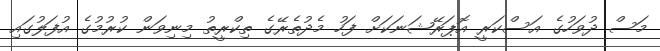
މަސް ދުވަހުގެ އަސްކަރީ އޮޕަރޭޝަނަަކަށް ފަހު މެދުތެރޭގެ ތިކްރީތު މިިނިވަން ކުރުމުގެ އުފަލުގައި